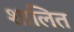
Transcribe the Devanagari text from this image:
शालित